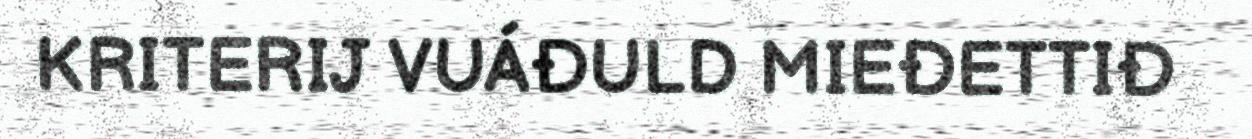
KRITERIJ VUÁĐULD MIEĐETTIĐ